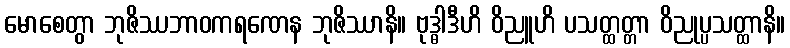
မောစေတွာ ဘုဇိဿဘာဝကရဏေန ဘုဇိဿာနိ။ ဗုဒ္ဓါဒီဟိ ဝိညူဟိ ပသတ္ထတ္တာ ဝိညုပ္ပသတ္ထာနိ။